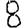
Digit: 8